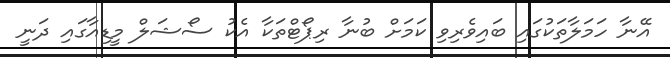
އޭނާ ހަމަލާތަކުގައި ބައިވެރިވި ކަމަށް ބުނާ ރިޕޯޓްތަކާ އެކު ސޯޝަލް މީޑިއާގައި ދަނީ